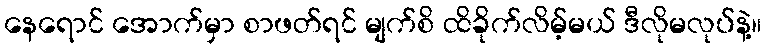
နေရောင် အောက်မှာ စာဖတ်ရင် မျက်စိ ထိခိုက်လိမ့်မယ် ဒီလိုမလုပ်နဲ့။